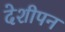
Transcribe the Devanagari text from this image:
देशीपन